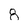
Character: 8